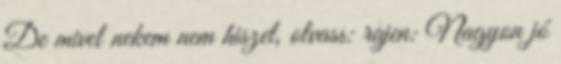
De mivel nekem nem hiszel, olvass: rajen: Nagyon jó